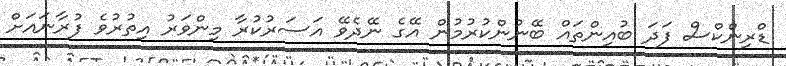
ޑްރިންކްސް ފަދަ ބުއިންތައް ބޭނުންކުރުމުން އޭގެ ނޭދެވޭ އަސަރުކުރާ މިންވަރު އިތުރުވެ ފުރާނައަށް